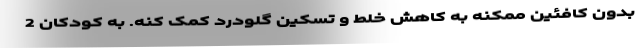
بدون کافئین ممکنه به کاهش خلط و تسکین گلودرد کمک کنه. به کودکان 2